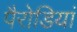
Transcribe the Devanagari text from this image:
पैरोडियां